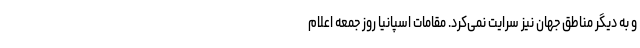
و به دیگر مناطق جهان نیز سرایت نمی‌کرد. مقامات اسپانیا روز جمعه اعلام